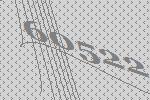
60522